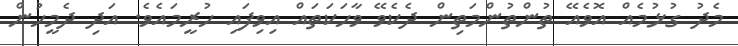
މެދު ގުޅުމެއް އޮވެއޭ ތުންތުންމަތިން ދެކެވޭ ވާހަކަތައް އިވިފައި ހުރީމައެވެ. އަދި ދެމީހުން